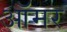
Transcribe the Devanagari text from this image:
ऑमर